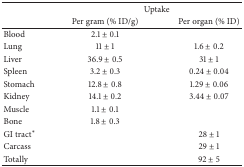
<table><thead><tr><td><b> </b></td><td colspan="2"><b>Uptake</b></td></tr><tr><td><b> </b></td><td><b>Per gram (% ID/g)</b></td><td><b>Per organ (% ID)</b></td></tr></thead><tbody><tr><td>Blood</td><td>2.1 ± 0.1</td><td> </td></tr><tr><td>Lung</td><td>11 ± 1</td><td>1.6 ± 0.2</td></tr><tr><td>Liver</td><td>36.9 ± 0.5</td><td>31 ± 1</td></tr><tr><td>Spleen</td><td>3.2 ± 0.3</td><td>0.24 ± 0.04</td></tr><tr><td>Stomach</td><td>12.8 ± 0.8</td><td>1.29 ± 0.06</td></tr><tr><td>Kidney</td><td>14.1 ± 0.2</td><td>3.44 ± 0.07</td></tr><tr><td>Muscle</td><td>1.1 ± 0.1</td><td> </td></tr><tr><td>Bone</td><td>1.8 ± 0.3</td><td> </td></tr><tr><td>GI tract<sup><i>∗</i></sup></td><td> </td><td>28 ± 1</td></tr><tr><td>Carcass</td><td> </td><td>29 ± 1</td></tr><tr><td>Totally</td><td> </td><td>92 ± 5</td></tr></tbody></table>